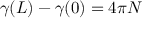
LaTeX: \gamma ( L ) - \gamma ( 0 ) = 4 \pi N